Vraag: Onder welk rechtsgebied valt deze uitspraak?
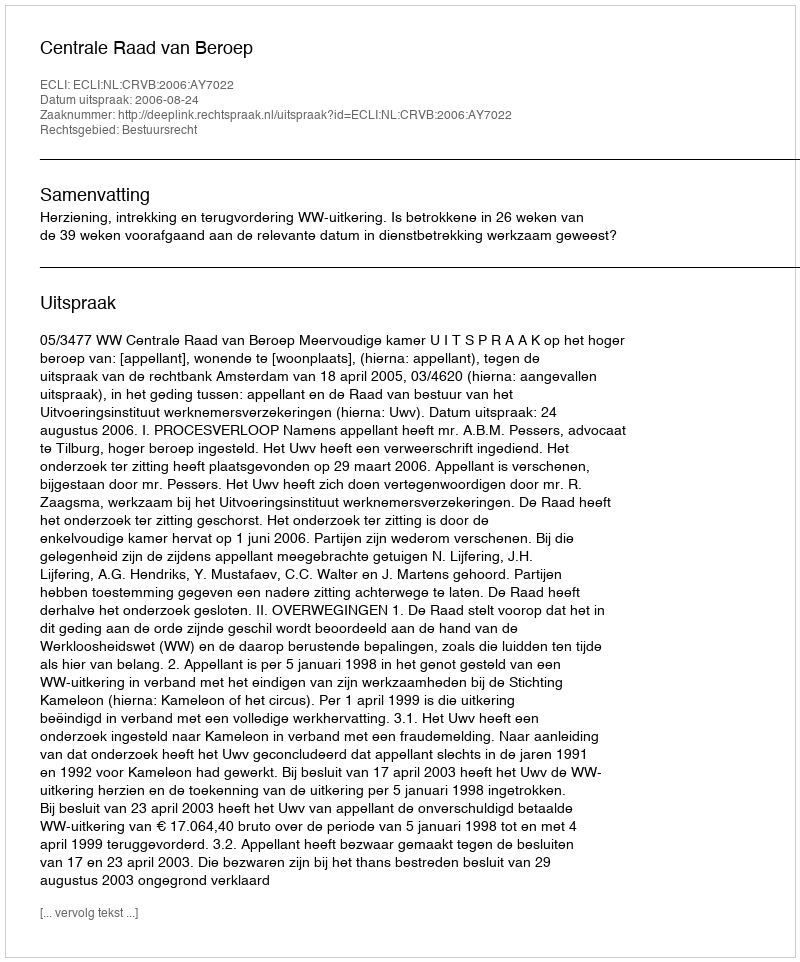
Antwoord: Bestuursrecht